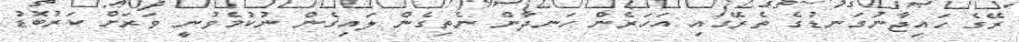
ރޭގެ ހައިޖާނުގަނޑުގެ ތެރޭގައި އަހަރެން ހަނދާން ނެތިގެން ލައިގެން ނުކުމެވުނީ ވަރަށް ކަރުބޮޑު